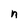
Character: n